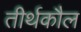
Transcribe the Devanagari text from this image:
तीर्थकौल